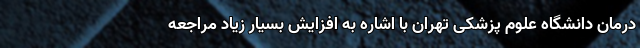
درمان دانشگاه علوم پزشکی تهران با اشاره به افزایش بسیار زیاد مراجعه